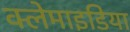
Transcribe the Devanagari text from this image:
क्लेमाइडिया